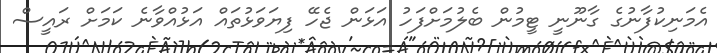
އެމަނިކުފާނުގެ ގާނޫނީ ޓީމުން ބެލުމަށްފަހު އަޅަން ޖެހޭ ފިޔަވަޅުތައް އަޅުއްވާނެ ކަމަށް ރައީސް